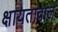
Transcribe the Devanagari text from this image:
क्षायतावाले